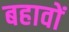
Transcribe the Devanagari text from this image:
बहावों